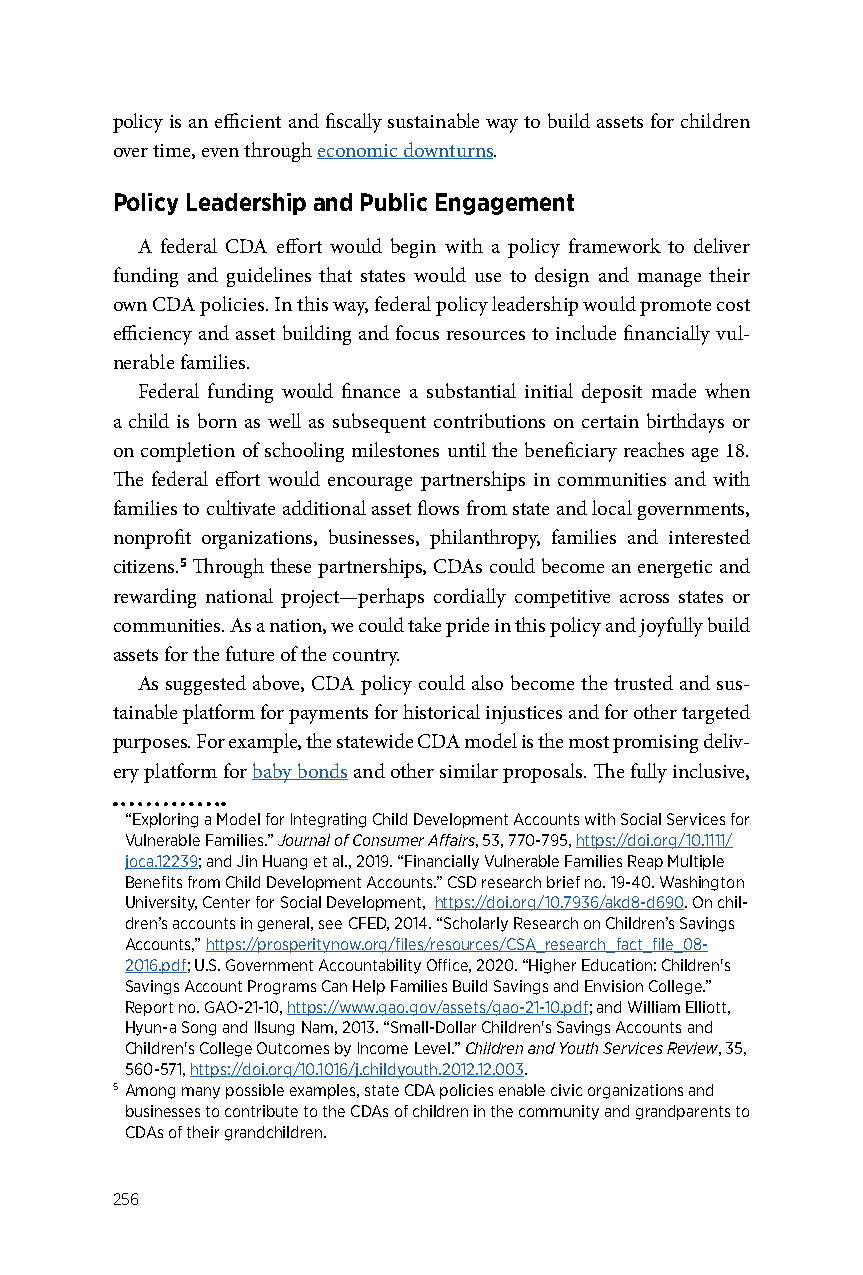
policy is an efficient and fiscally sustainable way to build assets for children
 over time, even through economic downturns.
 Policy Leadership and Public Engagement
 A federal CDA effort would begin with a policy framework to deliver
 funding and guidelines that states would use to design and manage their
 own CDA policies. In this way, federal policy leadership would promote cost
 efficiency and asset building and focus resources to include financially vul-
 nerable families.
 Federal funding would finance a substantial initial deposit made when
 a child is born as well as subsequent contributions on certain birthdays or
 on completion of schooling milestones until the beneficiary reaches age 18.
 The federal effort would encourage partnerships in communities and with
 families to cultivate additional asset flows from state and local governments,
 nonprofit organizations, businesses, philanthropy, families and interested
 citizens.5 Through these partnerships, CDAs could become an energetic and
 rewarding national project—perhaps cordially competitive across states or
 communities. As a nation, we could take pride in this policy and joyfully build
 assets for the future of the country.
 As suggested above, CDA policy could also become the trusted and sus-
 tainable platform for payments for historical injustices and for other targeted
 purposes. For example, the statewide CDA model is the most promising deliv-
 ery platform for baby bonds and other similar proposals. The fully inclusive,
 “Exploring a Model for Integrating Child Development Accounts with Social Services for
 Vulnerable Families.” Journal of Consumer Affairs, 53, 770-795, https://doi.org/10.1111/
 joca.12239; and Jin Huang et al., 2019. “Financially Vulnerable Families Reap Multiple
 Benefits from Child Development Accounts.” CSD research brief no. 19-40. Washington
 University, Center for Social Development, https://doi.org/10.7936/akd8-d690. On chil-
 dren’s accounts in general, see CFED, 2014. “Scholarly Research on Children’s Savings
 Accounts,” https://prosperitynow.org/files/resources/CSA_research_fact_file_08-
 2016.pdf; U.S. Government Accountability Office, 2020. “Higher Education: Children's
 Savings Account Programs Can Help Families Build Savings and Envision College.”
 Report no. GAO-21-10, https://www.gao.gov/assets/gao-21-10.pdf; and William Elliott,
 Hyun-a Song and Ilsung Nam, 2013. “Small-Dollar Children's Savings Accounts and
 Children's College Outcomes by Income Level.” Children and Youth Services Review, 35,
 560-571, https://doi.org/10.1016/j.childyouth.2012.12.003.
 5 Among many possible examples, state CDA policies enable civic organizations and
 businesses to contribute to the CDAs of children in the community and grandparents to
 CDAs of their grandchildren.
 256